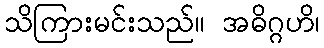
သိကြားမင်းသည်။ အဓိဂ္ဂဟိ၊